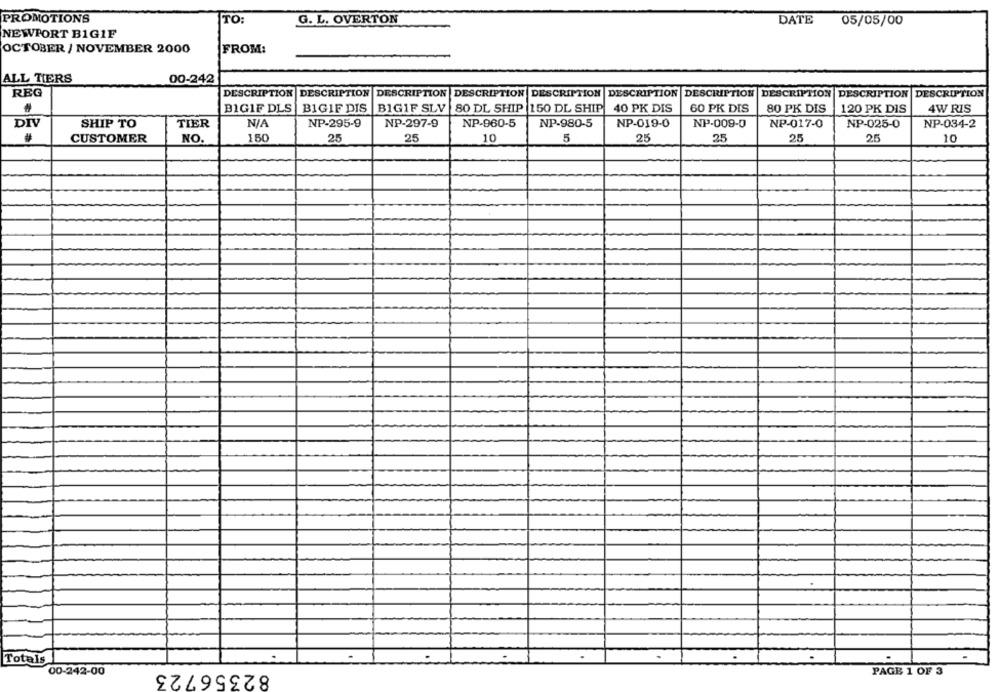
PROMOTIONS
TO:
G. L. OVERTON
DATE
05/05/00
NEWPORT B1GIF
OCTOBER / NOVEMBER 2000
FROM:
ALL TIERS
00-242
REG
DESCRIPTION
DESCRIPTION
DESCRIPTION DESCRIPTION DESCRIPTION DESCRIPTION DESCRIPTION DESCRIPTION DESCRIPTION DESCRIPTION
B1GIF DLS
BIGIF DIS
BIG1F SLV
80 DL SHIP
150 DL SHIP
40 PK DIS
60 PK DIS
80 PK DIS
120 PK DIS
4W RIS
DIV
SHIP TO
TIER
NP-295-9
NP-297-9
NP-960-5
NP-980-5
NP-019-0
NP-009-0
NP-017-0
NP-025-0
NP-034-2
#
150
25
25
10
5
25
25
25
25
10
CUSTOMER
NO.
Totals
82356723
PAGE 1 OF 3
00-242-00